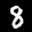
Label: 8